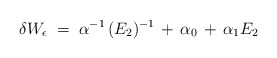
\begin{align*}\delta W_\epsilon \;=\; \alpha^{-1} \, (E_2)^{-1} \,+\, \alpha_0 \,+\, \alpha_1 E_2\end{align*}